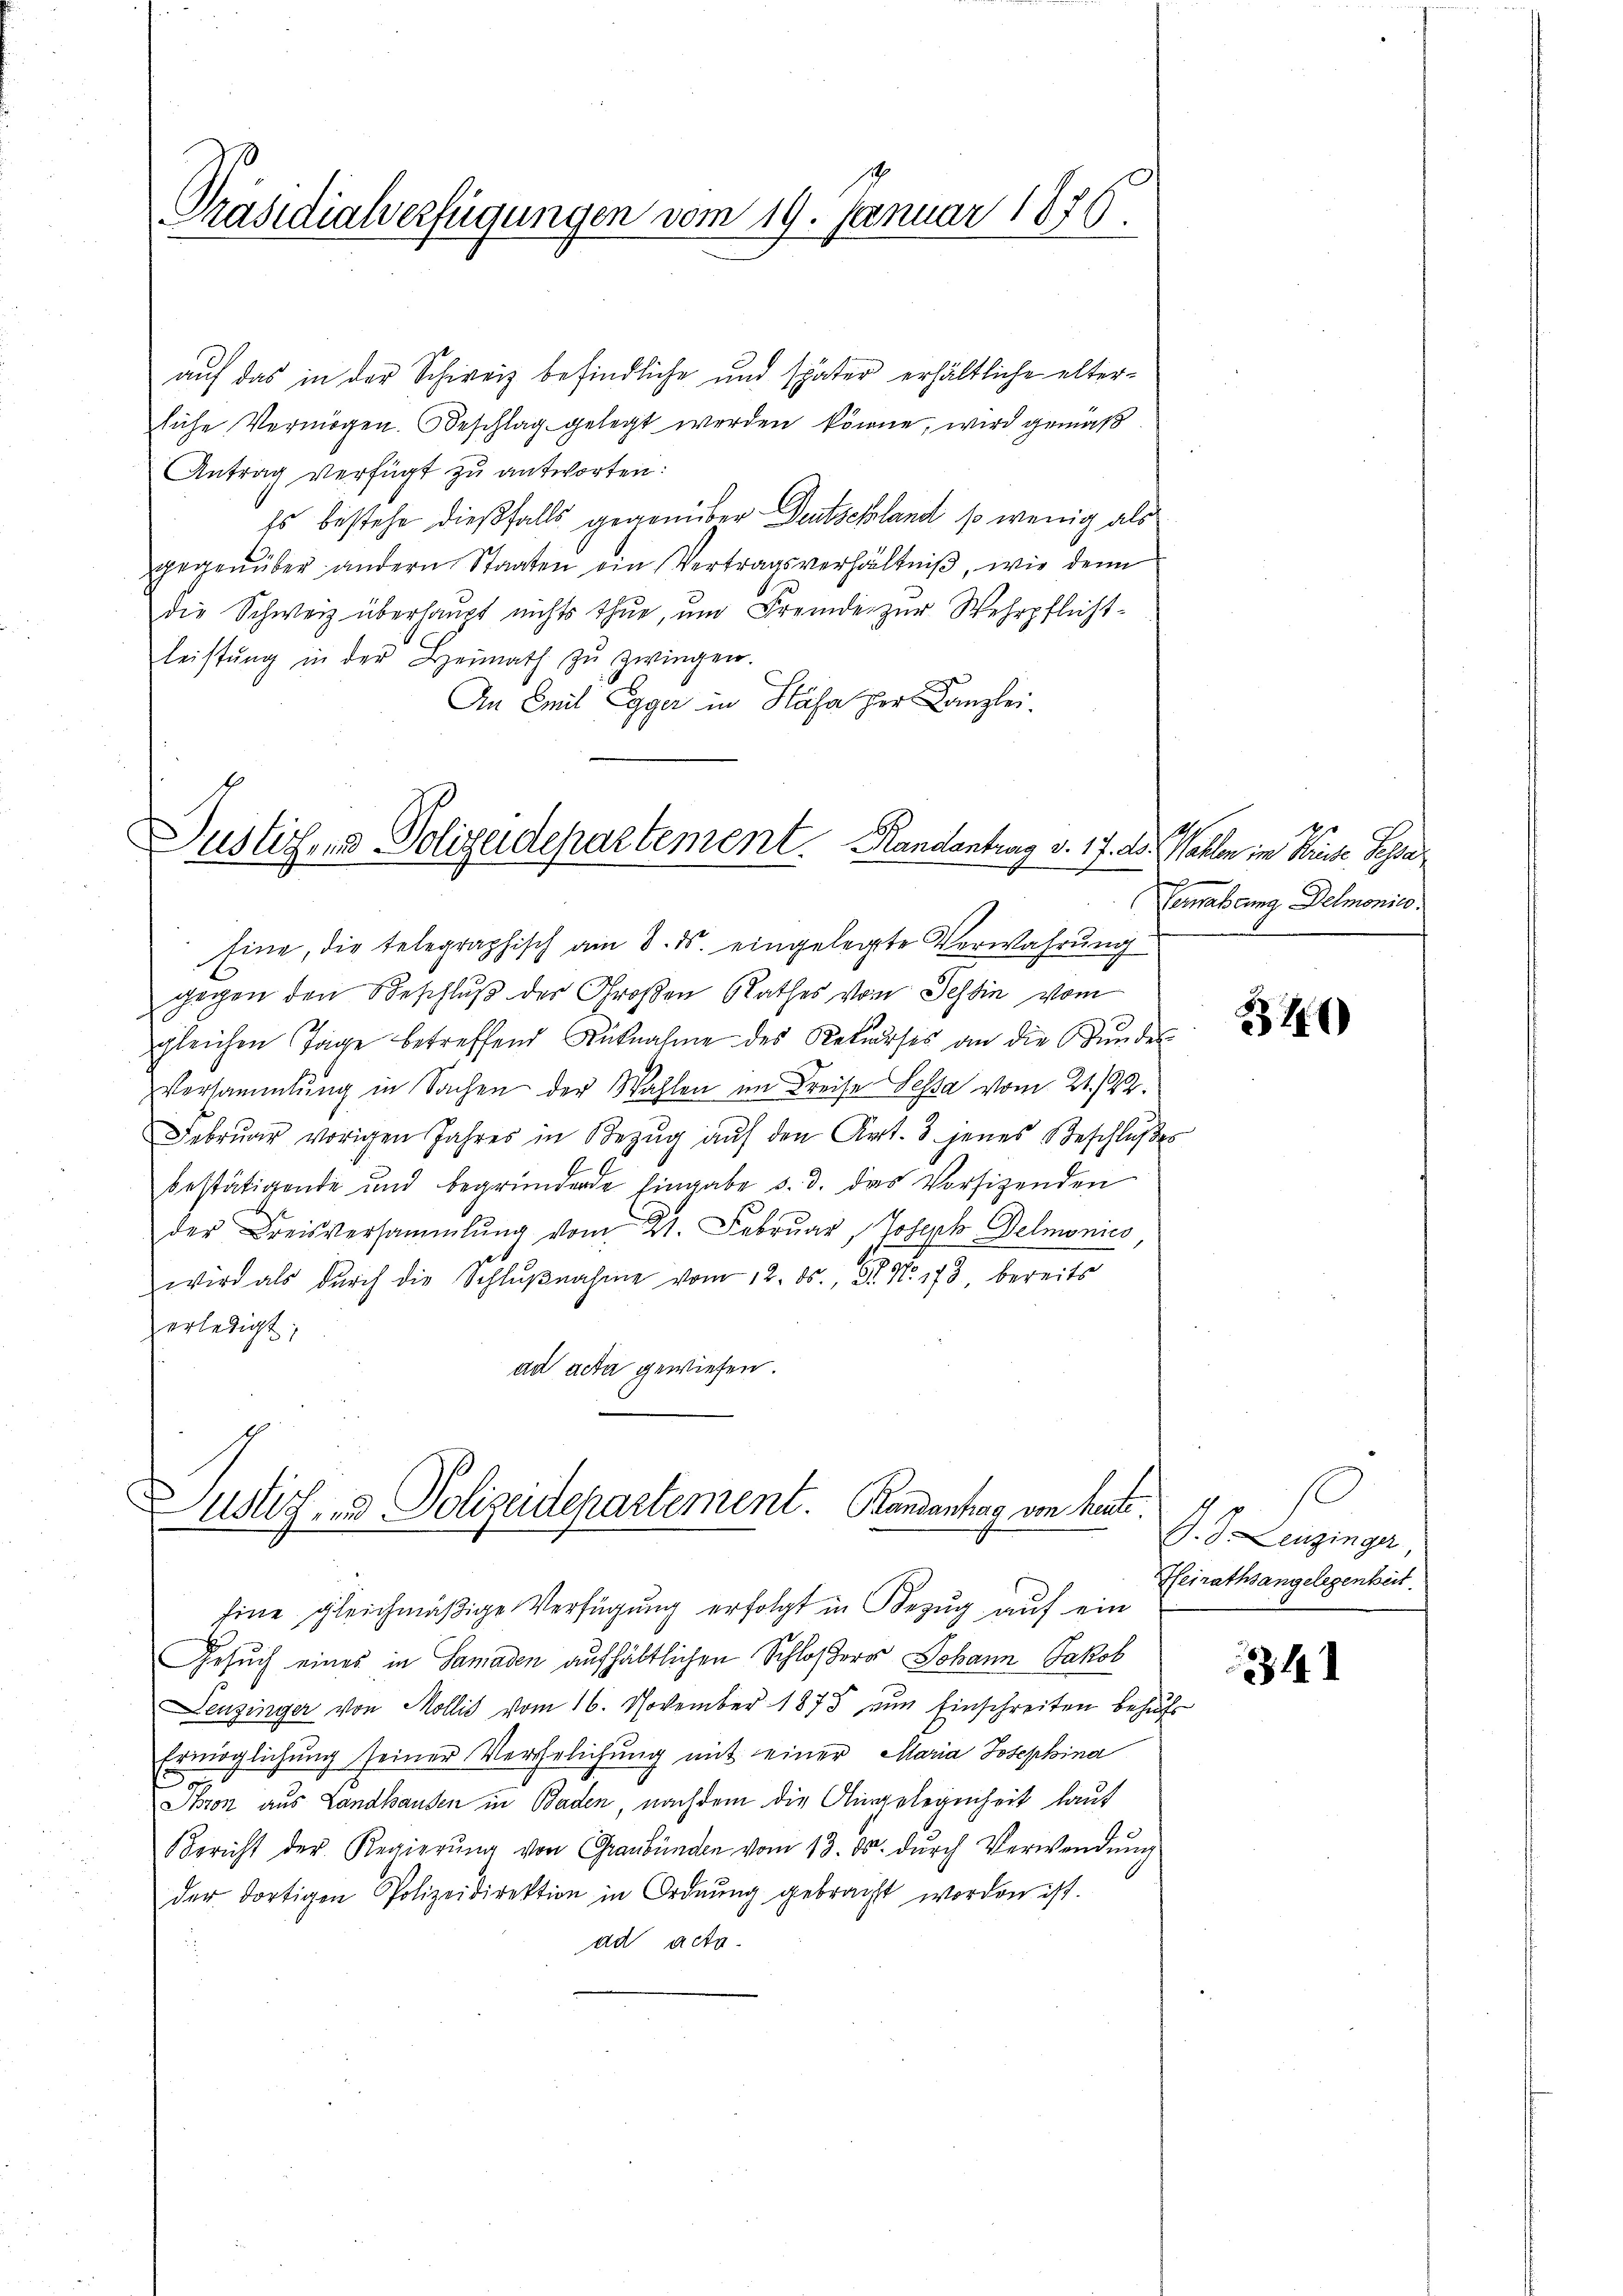
Präsidialverfügungen vom 19. Januar 1876.

auf das in der Schweiz befindliche und später erhältliche alter-
liche Vermögen. Beschlag gelegt werden könne, wird gemäß
Antrag verfügt zu antworten:
Es bestehe dießfalls gegenüber Deutschland so wenig als
gegenüber andern Staaten ein Vertragsverhältniβ, wie denn
die Schweiz überhaupt nichts thue, ŭm Fremde zur Wehrpflicht-
leistŭng in der Heimath zŭ zwingen.
An Emil Egger in Stäfa zur Kanzlei.

Dustichen Polizeidepartement. Handantrag v. 17. A. Wahlen in Weise Scha

Justiz- & Polizeidepartement. Brandantrag von heute.

Eine, die telegraphisch am 8. ds. eingelegte Verwahrŭng
gegen den Beschluß der Großen Rathes von Tessin vom
gleichen Tage betreffend Rücknahme des Rekŭrses an die Bŭndes
Versammlung in Sachen der Wahlen im Kreise Sessa vom 21./22.
Febrŭar vorigen Jahres in Bezŭg aŭf den Art. 8 jenes Beschlŭβes
bestätigende und begründende Eingabe d. d. das Vorsizenden
der Kreisversammlung vom 21. Februar, Joseph Delmonies
wird als dŭrch die Schlŭβnahme vom 12. ds. Dr. No. 173, bereits
erledigt.
ad acta gewiesen.

Eine gleichmäßige Verfügung erfolgt in Bezug auf ein
Gesuch eines in Samaden aufhältlichen Schloßers Johann Jakob
Leuzinger von Mollis vom 16. November 1873 zum Einschreiten behufs
Ermöglichung seiner Verhelichung mit einer Maria Josephina
.
Thron aus Landhausen in Baden, nachdem die Angelegenheit laut
Bericht der Regierŭng von Graubünden vom 13. ds. dŭrch Verwendŭng
der dortigen Polizeidirektion in Ordnŭng gebracht worden ist.
ad acta.

m
Verwaltung Delmonie

1

s
J. J. Leuzinger
Heirathsangelegenheit.

14